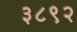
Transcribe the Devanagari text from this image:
३८९२